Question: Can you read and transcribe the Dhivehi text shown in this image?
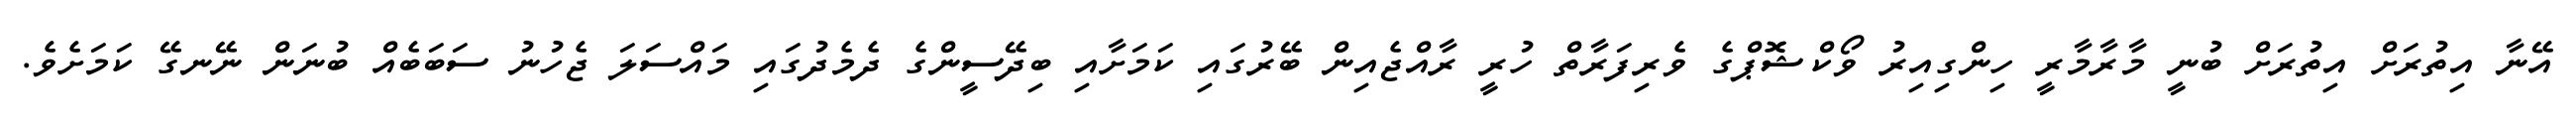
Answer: އޭނާ އިތުރަށް އިތުރަށް ބުނީ މާރާމާރީ ހިންގިއިރު ވޯކްޝޮޕްގެ ވެރިފަރާތް ހުރީ ރާއްޖެއިން ބޭރުގައި ކަމަށާއި ބިދޭސީންގެ ދެމެދުގައި މައްސަލަ ޖެހުނު ސަބަބެއް ބުނަން ނޭނގޭ ކަމަށެވެ.